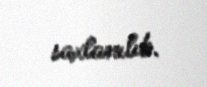
saxlanılıb.